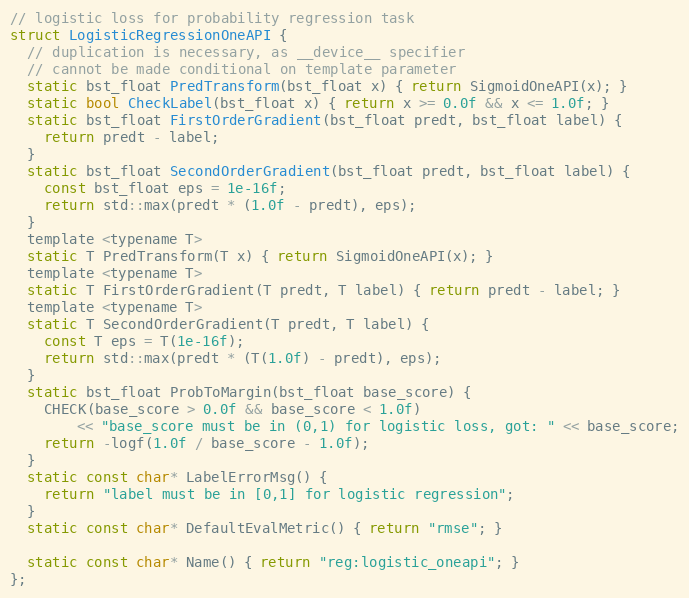
Language: C
// logistic loss for probability regression task
struct LogisticRegressionOneAPI {
  // duplication is necessary, as __device__ specifier
  // cannot be made conditional on template parameter
  static bst_float PredTransform(bst_float x) { return SigmoidOneAPI(x); }
  static bool CheckLabel(bst_float x) { return x >= 0.0f && x <= 1.0f; }
  static bst_float FirstOrderGradient(bst_float predt, bst_float label) {
    return predt - label;
  }
  static bst_float SecondOrderGradient(bst_float predt, bst_float label) {
    const bst_float eps = 1e-16f;
    return std::max(predt * (1.0f - predt), eps);
  }
  template <typename T>
  static T PredTransform(T x) { return SigmoidOneAPI(x); }
  template <typename T>
  static T FirstOrderGradient(T predt, T label) { return predt - label; }
  template <typename T>
  static T SecondOrderGradient(T predt, T label) {
    const T eps = T(1e-16f);
    return std::max(predt * (T(1.0f) - predt), eps);
  }
  static bst_float ProbToMargin(bst_float base_score) {
    CHECK(base_score > 0.0f && base_score < 1.0f)
        << "base_score must be in (0,1) for logistic loss, got: " << base_score;
    return -logf(1.0f / base_score - 1.0f);
  }
  static const char* LabelErrorMsg() {
    return "label must be in [0,1] for logistic regression";
  }
  static const char* DefaultEvalMetric() { return "rmse"; }

  static const char* Name() { return "reg:logistic_oneapi"; }
};